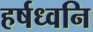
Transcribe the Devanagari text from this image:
हर्षध्वनि